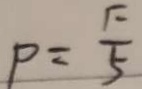
P = \frac { F } { 5 }